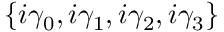
\{ i \gamma _ { 0 } , i \gamma _ { 1 } , i \gamma _ { 2 } , i \gamma _ { 3 } \}